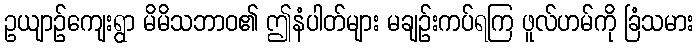
ဥယျာဉ်ကျေးရွာ မိမိသဘာဝ၏ ဤနံပါတ်များ မချဉ်းကပ်ရကြ ဖူလ်ဟမ်ကို ခြံသမား